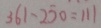
3 6 1 - 2 5 0 = 1 1 1